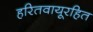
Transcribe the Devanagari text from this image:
हरितवायूरहित